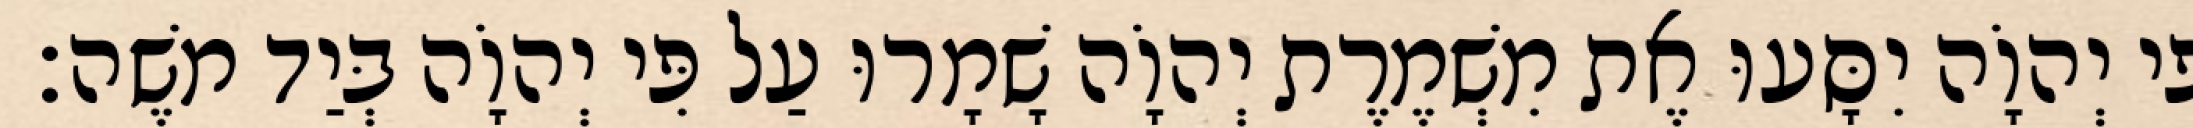
פִּי יְהוָֹה יִסָּעוּ אֶת מִשְׁמֶרֶת יְהוָֹה שָׁמָרוּ עַל פִּי יְהוָֹה בְּיַד משֶׁה׃